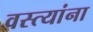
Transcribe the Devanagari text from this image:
वस्त्यांना